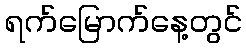
ရက်မြောက်နေ့တွင်